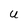
Character: U